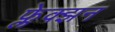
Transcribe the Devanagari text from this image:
फ्लेक्झन